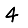
Digit: 4